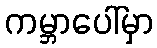
ကမ္ဘာပေါ်မှာ